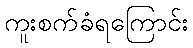
ကူးစက်ခံရကြောင်း